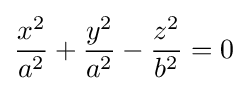
{x^{2} \over a^{2}}+{y^{2} \over a^{2}}-{z^{2} \over b^{2}}=0